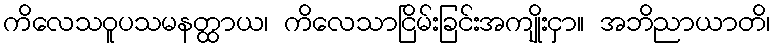
ကိလေသဝူပသမနတ္ထာယ၊ ကိလေသာငြိမ်းခြင်းအကျိုးငှာ။ အဘိညာယာတိ၊